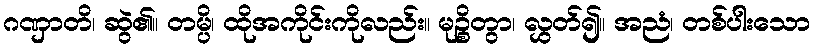
ဂဏှာတိ၊ ဆွဲ၏။ တမ္ပိ၊ ထိုအကိုင်းကိုလည်း။ မုဉ္စိတွာ၊ လွှတ်၍။ အညံ၊ တစ်ပါးသော